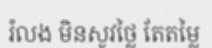
រំលង មិនសូវថ្លៃ តែតម្លៃ